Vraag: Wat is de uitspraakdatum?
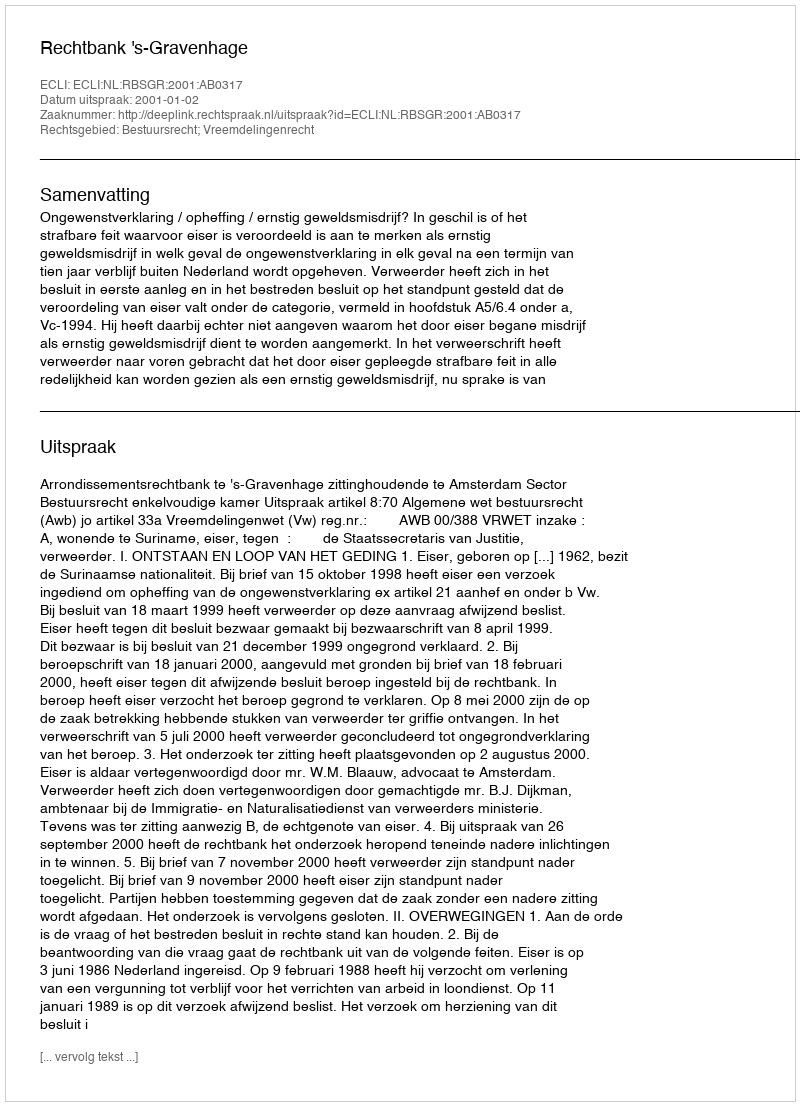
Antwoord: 2001-01-02